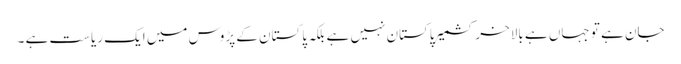
جان ہے تو جہاں ہے بالاخر کشمیر پاکستان نہیں ہے بلکہ پاکستان کے پڑوس میں ایک ریاست ہے ۔